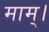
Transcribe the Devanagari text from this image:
माम्।